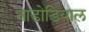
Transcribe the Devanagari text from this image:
नाडोडियाल